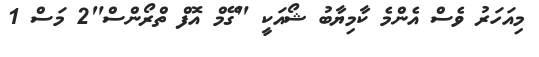
މިއަހަރު ވެސް އެންމެ ކާމިޔާބު ޝޯއަކީ "ގޭމް އޮފް ތްރޯންސް"2 މަސް 1